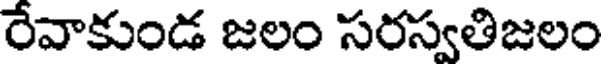
రేవాకుండ జలం సరస్వతిజలం